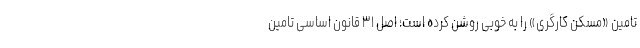
تامین «مسکن کارگری» را به خوبی روشن کرده است؛ اصل ۳۱ قانون اساسی تامین